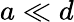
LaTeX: a\ll d